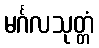
မင်္ဂလသုတ္တံ